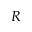
R